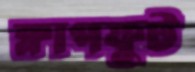
ক্লাপফুট